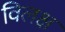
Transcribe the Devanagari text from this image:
विलक्ष